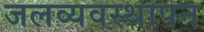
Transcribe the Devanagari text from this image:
जलव्यवस्थापन